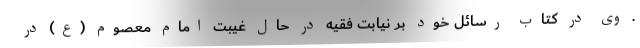
. وی در کتاب رسائل خود بر نیابت فقیه در حال غیبت امام معصوم (ع) در